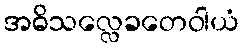
အဓိသလ္လေခတေဝါယံ